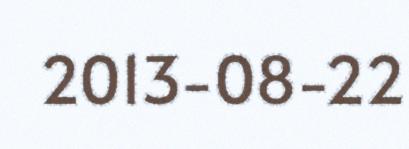
2013-08-22